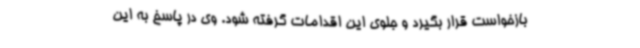
بازخواست قرار بگیرد و جلوی این اقدامات گرفته شود. وی در پاسخ به این